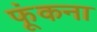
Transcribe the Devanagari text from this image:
फूंकना